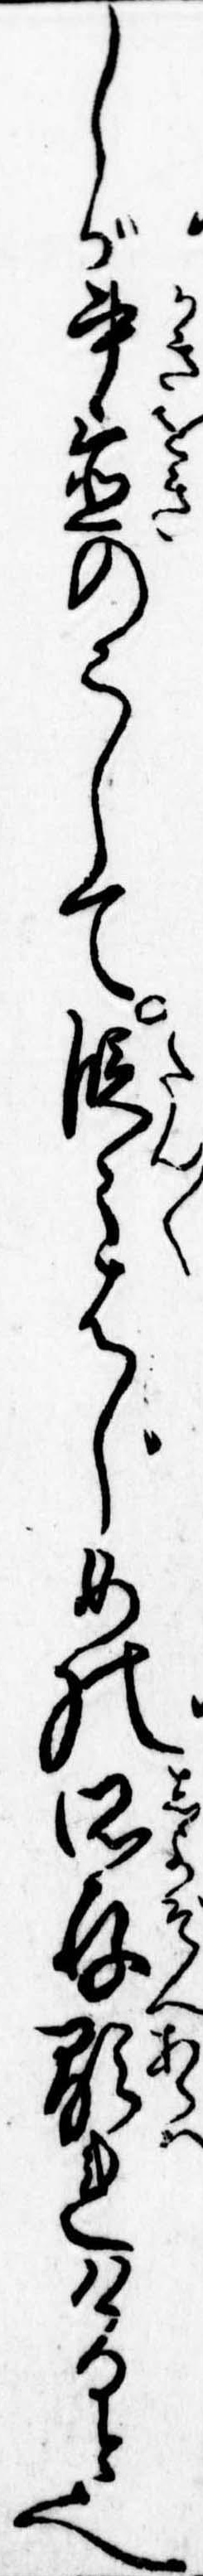
しが書置のこして段々はじめの所存顕れけると也